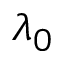
\lambda _ { 0 }